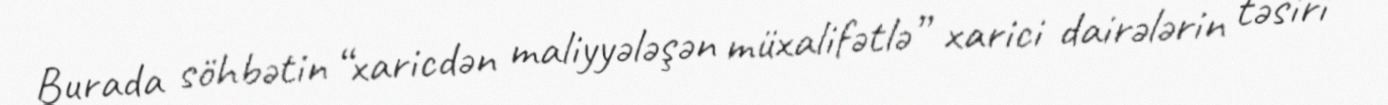
Burada söhbətin “xaricdən maliyyələşən müxalifətlə” xarici dairələrin təsiri